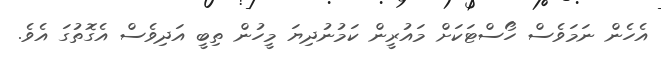
އެހެން ނަމަވެސް ހޯސްޓަކަށް މައުރީން ކަމުނުދިޔަ މީހުން ތިބީ އަދިވެސް އެގޮތުގަ އެވެ.